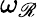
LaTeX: \omega_{\mathscr{R}}